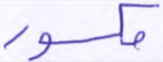
مكسور